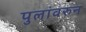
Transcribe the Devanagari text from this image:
पुलांवरुन